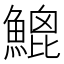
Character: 𩹻